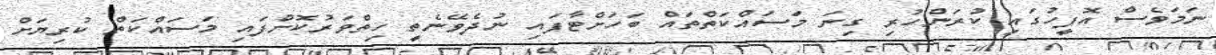
ނަަމަވެސް އޮފީހުގައި ކުރަންހުރި ގިނަ މަސައްކަތްތައް ބަހަށްޓާފައި ނުދެވޭނެތީ ހިތްވަރުކޮށްފައި މަސައްކަތް ކުރިޔަށް